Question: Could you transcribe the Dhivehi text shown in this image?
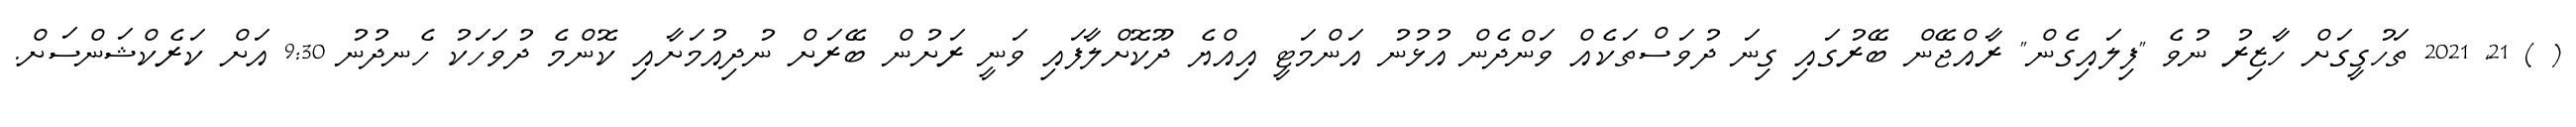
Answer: ( ) 21, 2021 ތަހުގީގަށް ހާޒިރު ނުވެ "ފިލައިގެން" ރާއްޖޭން ބޭރުގައި ގިނަ ދުވަސްތަކެއް ވަންދެން އުޅުނު އަންމަޓީ އިއްޔެ ދޫކޮށްލާފައި ވަނީ ރަށުން ބޭރަށް ނުދިއުމަށާއި ކޮންމެ ދުވަހަކު ހެނދުނު 9:30 އަށް ކަރެކްޝަންސަށް.